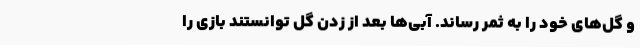
و گل‌های خود را به ثمر رساند. آبی‌ها بعد از زدن گل توانستند بازی را